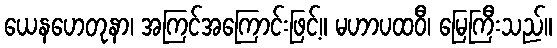
ယေနဟေတုနာ၊ အကြင်အကြောင်းဖြင့်။ မဟာပထဝီ၊ မြေကြီးသည်။